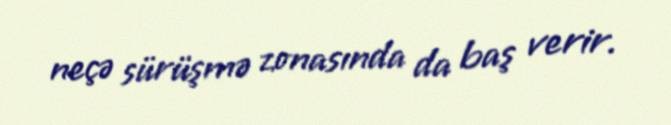
neçə sürüşmə zonasında da baş verir.